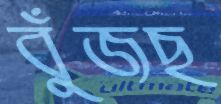
বুঁজছ